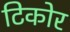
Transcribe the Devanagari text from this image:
टिकोर